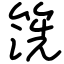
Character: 箲